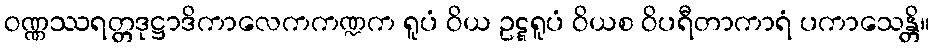
ဝဏ္ဏဿရတ္တဒုဋ္ဌာဒိကာလေကကဏ္ဍက ရူပံ ဝိယ ဥဋ္ဋရူပံ ဝိယစ ဝိပရီတာကာရံ ပကာသေန္တိ။